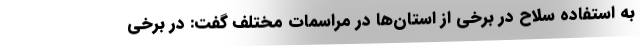
به استفاده سلاح در برخی از استان‌ها در مراسمات مختلف گفت: در برخی